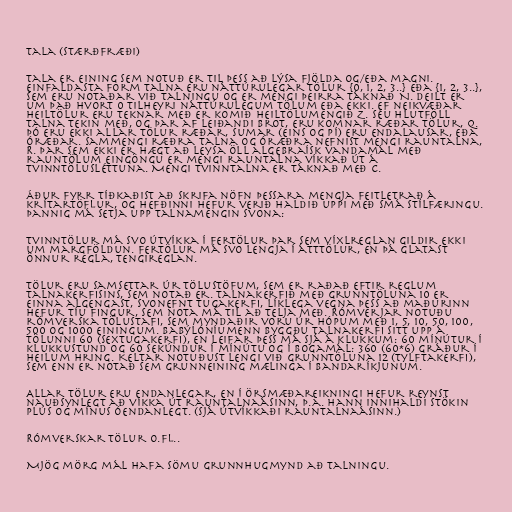
Tala (stærðfræði)

Tala er eining sem notuð er til þess að lýsa fjölda og/eða magni.
Einfaldasta form talna eru náttúrulegar tölur {0, 1, 2, 3..} eða {1, 2, 3..},
sem eru notaðar við talningu og er mengi þeirra táknað N. Deilt er
um það hvort 0 tilheyri náttúrulegum tölum eða ekki. Ef neikvæðar
heiltölur eru teknar með er komið heiltölumengið Z. Séu hlutföll
talna tekin með, og þar af leiðandi brot, eru komnar ræðar tölur, Q.
Þó eru ekki allar tölur ræðar, sumar (eins og pí) eru endalausar, eða
óræðar. Sammengi ræðra talna og óræðra nefnist mengi rauntalna,
R. Þar sem ekki er hægt að leysa öll algebraísk vandamál með
rauntölum eingöngu er mengi rauntalna víkkað út á
tvinntölusléttuna. Mengi tvinntalna er táknað með C.

Áður fyrr tíðkaðist að skrifa nöfn þessara mengja feitletrað á
krítartöflur, og hefðinni hefur verið haldið uppi með smá stílfæringu.
Þannig má setja upp talnamengin svona:

Tvinntölur má svo útvíkka í fertölur þar sem víxlreglan gildir ekki
um margföldun. Fertölur má svo lengja í átttölur, en þá glatast
önnur regla, tengireglan.

Tölur eru samsettar úr tölustöfum, sem er raðað eftir reglum
talnakerfisins, sem notað er. Talnakerfið með grunntöluna 10 er
einna algengast, svonefnt tugakerfi, líklega vegna þess að maðurinn
hefur tíu fingur, sem nota má til að telja með. Rómverjar notuðu
rómverska tölustafi, sem myndaðir voru úr hópum með 1, 5, 10, 50, 100,
500 og 1000 einingum. Babýlóníumenn byggðu talnakerfi sitt upp á
tölunni 60 (sextugakerfi), en leifar þess má sjá á klukkum: 60 mínútur í
klukkustund og 60 sekúndur í mínútu og í bogamál: 360 (60*6) gráður í
heilum hring. Keltar notuðust lengi við grunntöluna 12 (tylftakerfi),
sem enn er notað sem grunneining mælinga í Bandaríkjunum.

Allar tölur eru endanlegar, en í örsmæðareikningi hefur reynst
nauðsynlegt að víkka út rauntalnaásinn, þ.a. hann innihaldi stökin
plús og mínus óendanlegt. (Sjá útvíkkaði rauntalnaásinn.)

Rómverskar tölur o.fl..

Mjög mörg mál hafa sömu grunnhugmynd að talningu.